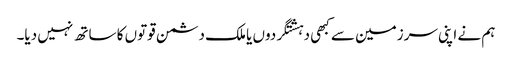
ہم نے اپنی سرزمین سے کبھی دہشتگردوں یا ملک دشمن قوتوں کا ساتھ نہیں دیا۔